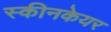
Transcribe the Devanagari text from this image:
स्कीनकेयर